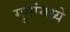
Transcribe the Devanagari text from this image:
मुगांमध्ये